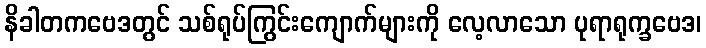
နိခါတကဗေဒတွင် သစ်ရုပ်ကြွင်းကျောက်များကို လေ့လာသော ပုရာရုက္ခဗေဒ၊